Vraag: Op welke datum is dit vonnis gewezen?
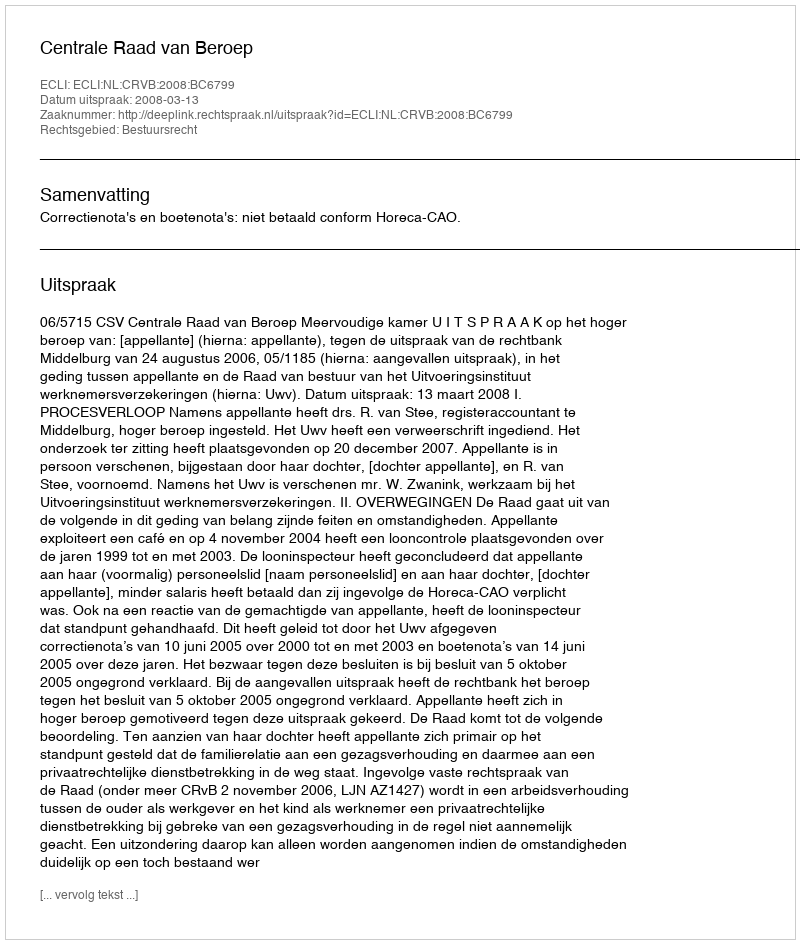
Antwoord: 2008-03-13